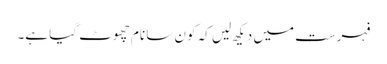
فہرست میں دیکھ لیں کہ کون سا نام چھوٹ گیا ہے۔